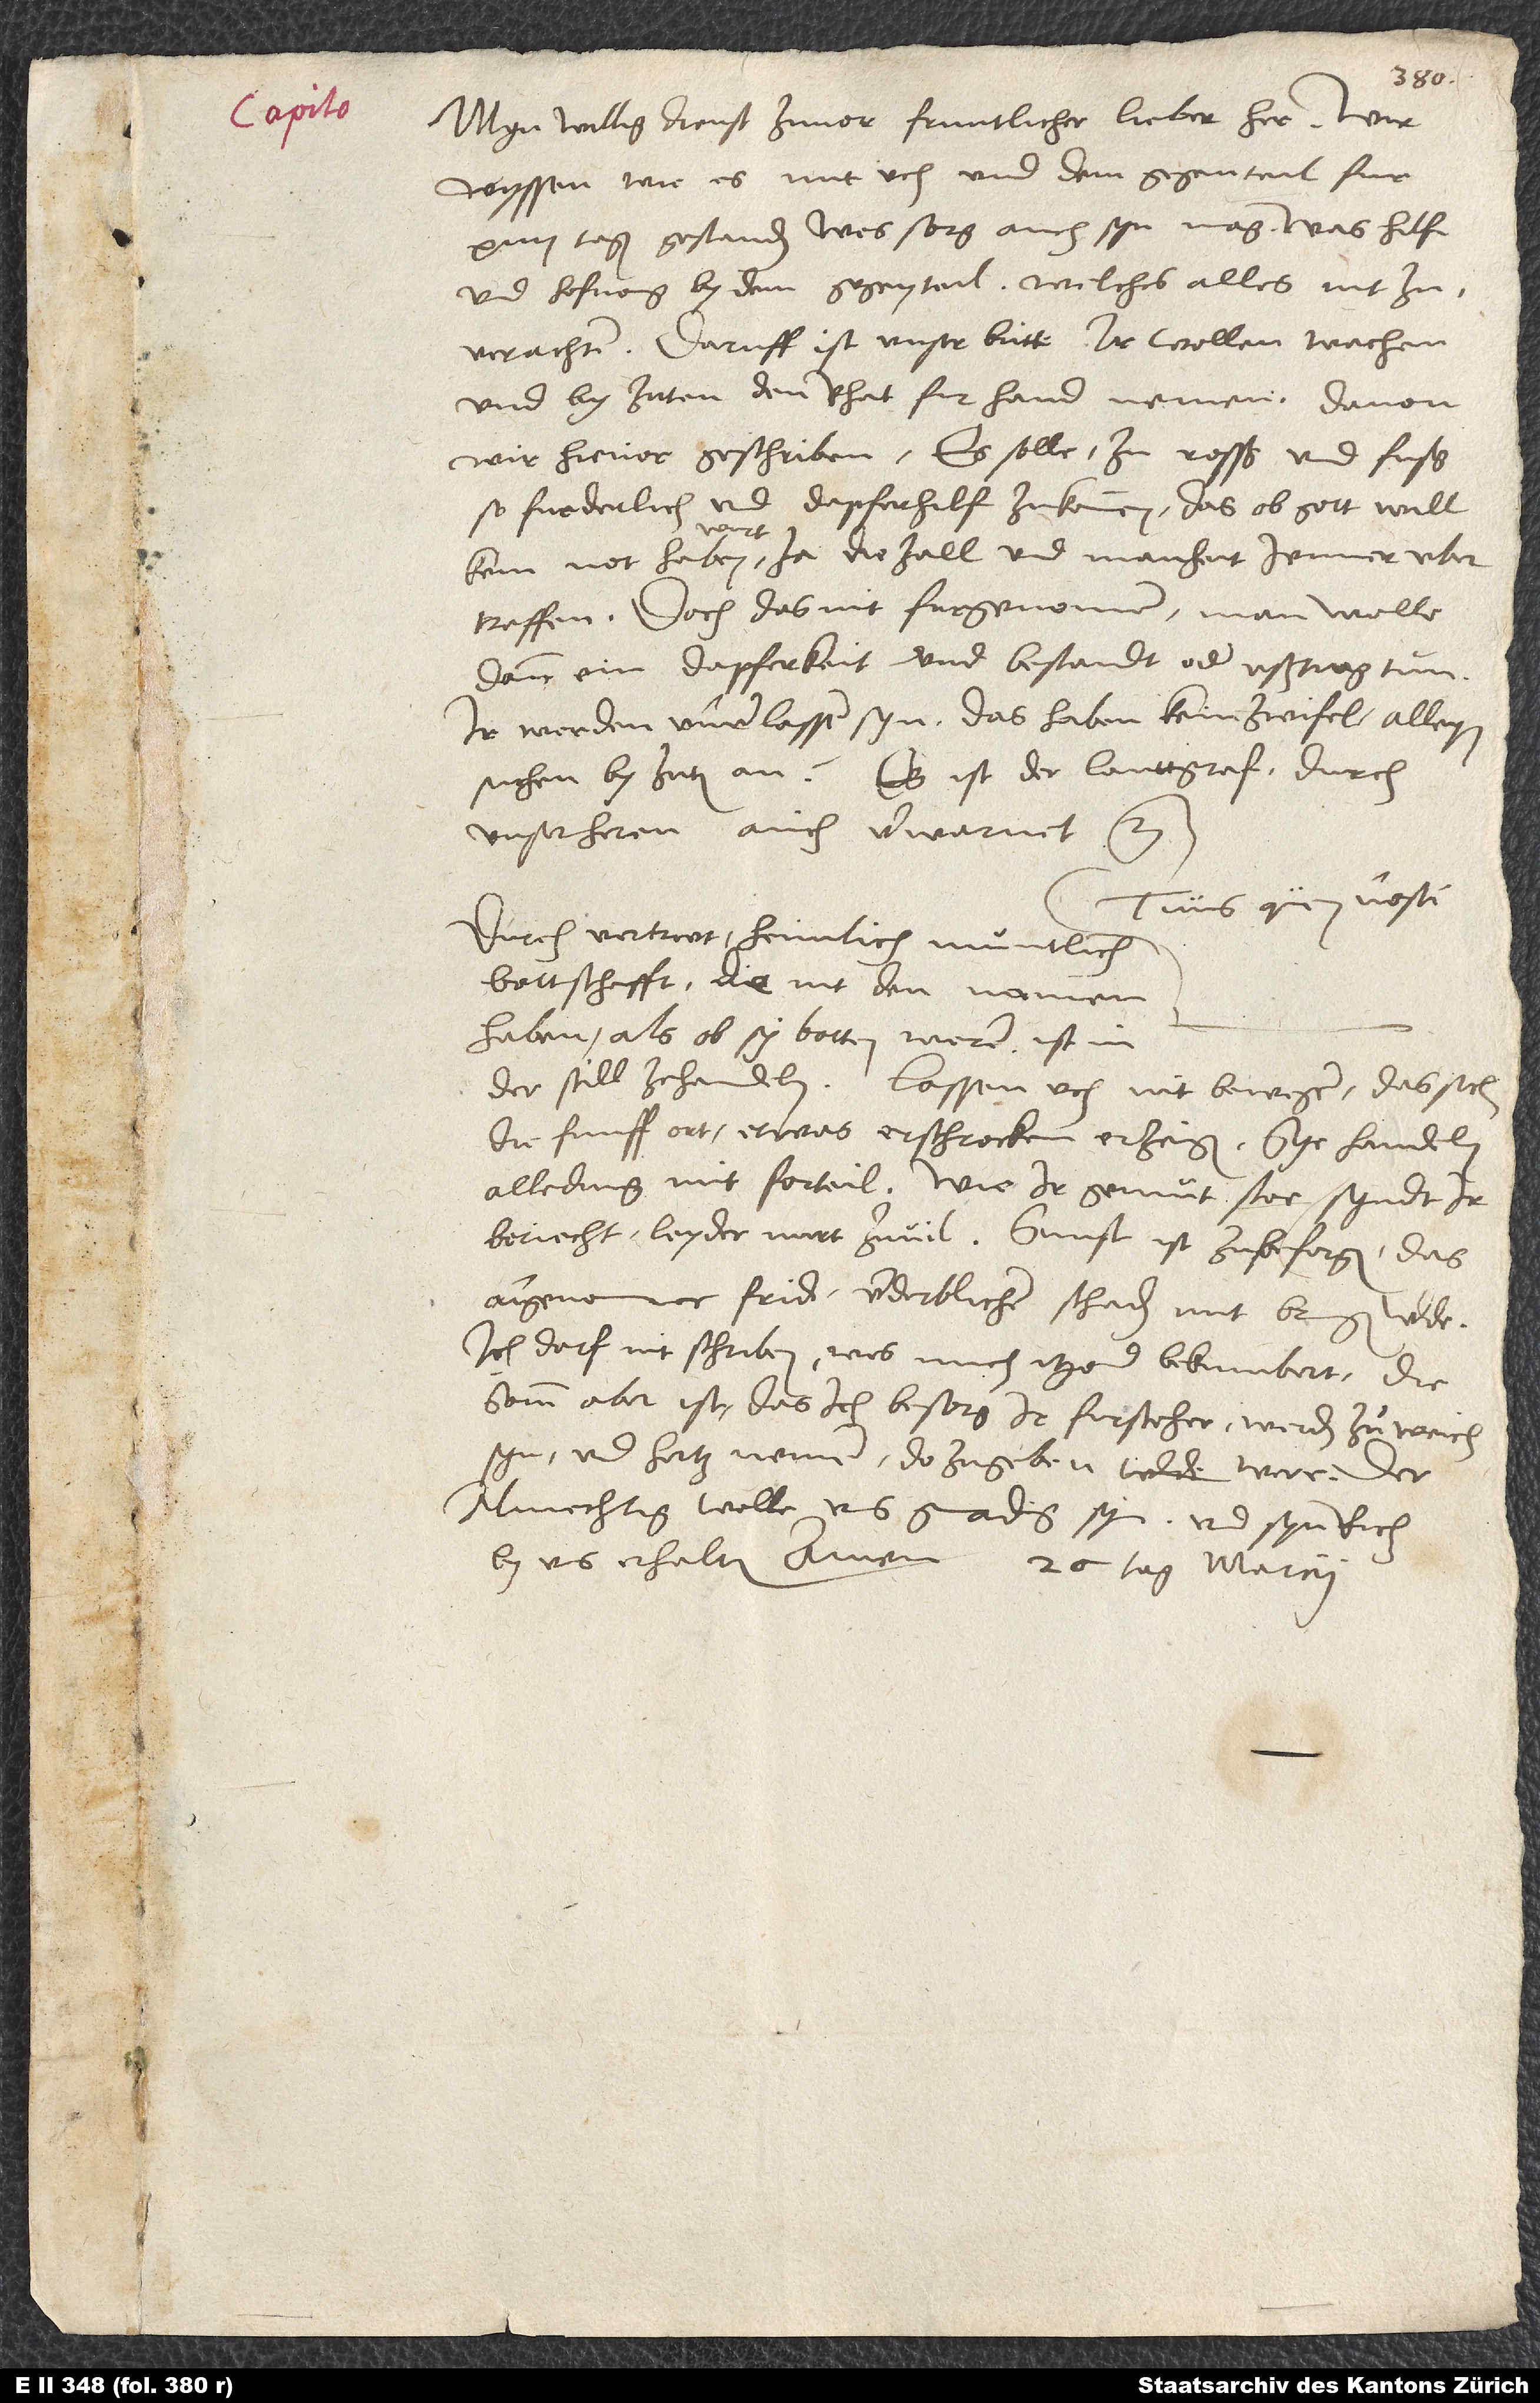
Myn willig dienst zuvor, fruntlicher, lieber her. Wir
wyssen, wie es mit uch und dem gegenteil fur
14 tagen gestanden, wes sorg auch syn mag, was hilf
und hofnung by dem gegenteil, welches alles nit zu
verachten. Daruff ist unser bitte, ir wollen wachen
und by zitten den rhat fir handen nemen, davon
wir hievor geschriben: Es solle zu rosß und fuß
so furderlich und dapfer hilf zukommen, das, ob gott will,
Doch das nit furgenomen, man welle
dann ein dapferkeit und bestandt oder ußtrag tun.
Ir werden unverlassen syn. Das haben kein zwifel, alleyn
suchen by zitten an. Es ist der lanttgraf durch
unser heren auch verwarnet etc.
Tuus quem nosti.
Durch vertruwt heimlich muntlich
bottschafft, die nit den namen
haben, als ob sy botten weren, ist in
der still ze handeln. Lassen uch nit bewegen, das sich
die funff ort etwas erschrocken erzeigen. Sye handeln
alle ding mit forteil. Wie ir gemuͤt stoe, syndt ir
bericht, leyder nur zuvil. Sunst ist zu besorgen, das
angenomner frid verderblichen schaden mit bringen werde.
Ich darf nit schriben, was mich itzend bekumbert; die
somm aber ist, das ich besorg, ir fursteher werden zu weich
syn und hertz nemen, do zu geben were. Der
almechtig welle uns gnadig syn und syn rich
by uns erhalten. Amen. 26. tag marcii.